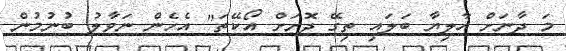
މަ ދާނަށް އާލިޔާ ބަލައި ތިގޭ ދޮށަށް އޯކޭތަ" އެހެން ނަވާލު ބުނުމުން